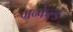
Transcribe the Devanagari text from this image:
ग्रन्फेल्ड